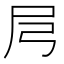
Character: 𡰬